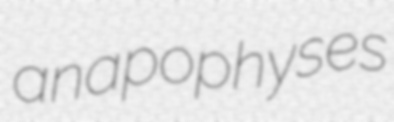
anapophyses